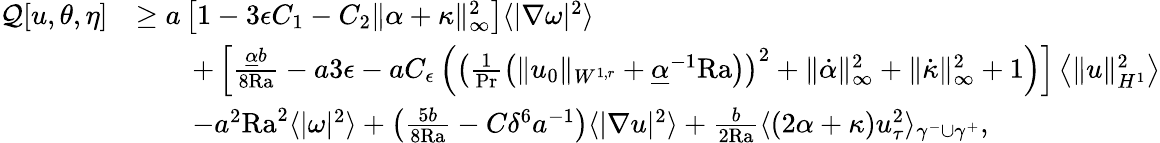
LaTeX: \begin{array}{rl}{\mathcal{Q}[u,\theta,\eta]}&{\geq a\left[1-3\epsilon C_{1}-C_{2}\| \alpha+\kappa\| _{\infty}^{2}\right]\langle|\nabla\omega|^{2}\rangle}\\ &{\qquad+\left[\frac{\underline{{\alpha}}b}{8\mathrm{{Ra}}}-a3\epsilon-aC_{\epsilon}\left(\left(\frac{1}{\mathrm{Pr}}\left(\| u_{0}\| _{W^{1,r}}+\underline{{\alpha}}^{-1}\mathrm{{Ra}}\right)\right)^{2}+\| \dot{\alpha}\| _{\infty}^{2}+\| \dot{\kappa}\| _{\infty}^{2}+1\right)\right]\left\langle\| u\| _{H^{1}}^{2}\right\rangle}\\ &{\qquad-a^{2}{\mathrm{Ra}}^{2}\langle|\omega|^{2}\rangle+\left(\frac{5b}{8\mathrm{{Ra}}}-C\delta^{6}a^{-1}\right)\langle|\nabla u|^{2}\rangle+\frac{b}{2{\mathrm{Ra}}}\langle(2\alpha+\kappa)u_{\tau}^{2}\rangle_{\gamma^{-}\cup\gamma^{+}},}\end{array}